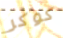
كوكر